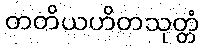
တတိယဟိတသုတ္တံ